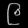
Digit: ၉